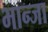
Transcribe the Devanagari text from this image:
भान्जा